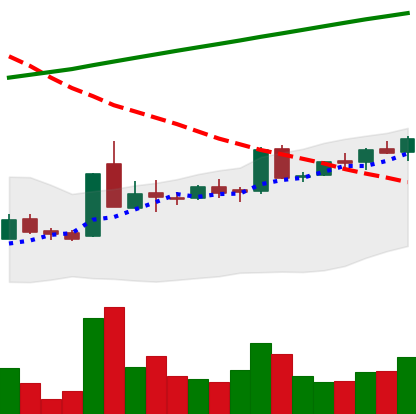
Ticker: LTC-USD
Chart end date: 2015-10-13
Forward return: -4.936%
Label: down_3_5